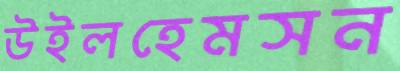
উইলহেমসন